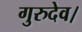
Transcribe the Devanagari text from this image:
गुरुदेव।